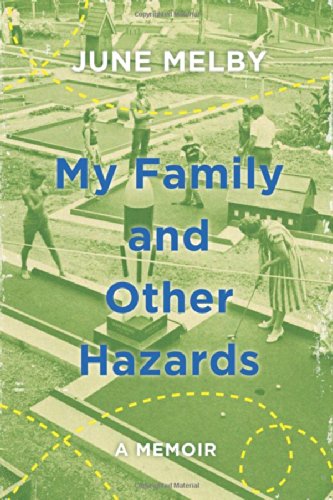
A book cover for My Family and Other Hazards: A Memoir; June Melby; Biographies & Memoirs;